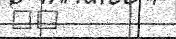
٦٩